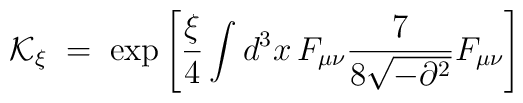
{\mathcal K}_\xi \;=\; \exp \left[ \frac{\xi}{4} \int d^3x \,F_{\mu\nu} \frac{7}{8\sqrt{-\partial^2}}  F_{\mu\nu} \right]\;